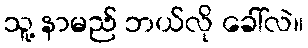
သူ့ နာမည် ဘယ်လို ခေါ်လဲ။